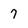
Character: 7